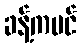
ခန့်ကပင်